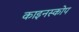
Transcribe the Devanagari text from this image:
काइनस्कोप